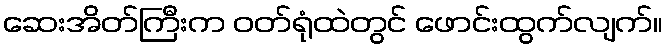
ဆေးအိတ်ကြီးက ဝတ်ရုံထဲတွင် ဖောင်းထွက်လျက်။